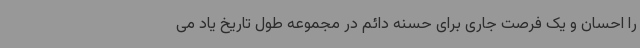
را احسان و یک فرصت جاری برای حسنه دائم در مجموعه طول تاریخ یاد می